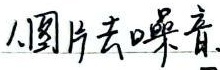
1.图片去噪音